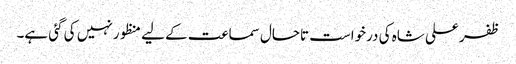
ظفر علی شاہ کی درخواست تاحال سماعت کے لیے منظور نہیں کی گئی ہے۔